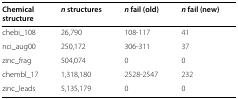
<table><thead><tr><td><b>Chemical</b></td><td><b><i>n</i> structures</b></td><td><b><i>n</i> fail (old)</b></td><td><b><i>n</i> fail (new)</b></td><td><b> </b></td><td><b> </b></td></tr><tr><td><b>structure</b></td><td><b> </b></td><td><b> </b></td><td><b> </b></td><td><b> </b></td><td><b> </b></td></tr></thead><tbody><tr><td>chebi_108</td><td>26,790</td><td>108-117</td><td>41</td><td> </td><td> </td></tr><tr><td>nci_aug00</td><td>250,172</td><td>306-311</td><td>37</td><td> </td><td> </td></tr><tr><td>zinc_frag</td><td>504,074</td><td>0</td><td>0</td><td> </td><td> </td></tr><tr><td>chembl_17</td><td>1,318,180</td><td>2528-2547</td><td>232</td><td> </td><td> </td></tr><tr><td>zinc_leads</td><td>5,135,179</td><td>0</td><td>0</td><td> </td><td> </td></tr></tbody></table>